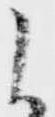
候